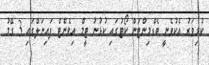
ކުޅިވަރު އެކުވެނީ ބެޑްމިންޓަން ކޯޓުގައި ކުޅުނު ޓީމް އިވެންޓް ފައިނަލްގައި 3 ގޭމު